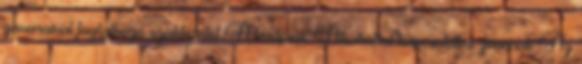
zavaraival foglalkozó szakterület A terápiák Alkohollal kapcsolatos zavarok Az